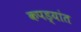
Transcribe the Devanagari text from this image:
कपड्यांत